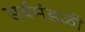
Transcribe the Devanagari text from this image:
सर्वमंडळी